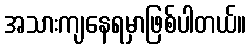
အသားကျနေရမှာဖြစ်ပါတယ်။